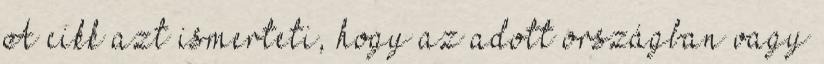
A cikk azt ismerteti, hogy az adott országban vagy